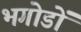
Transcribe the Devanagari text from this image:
भगोडों